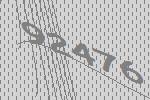
92476